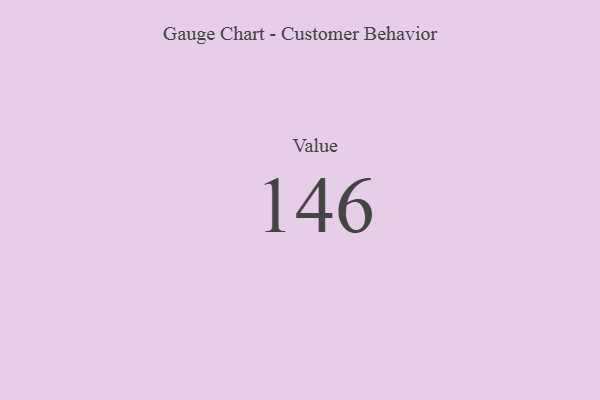
{"axis": {"x": "Metric", "y": "Value"}, "legend": [""], "data": [{"x": "Value", "y": 146, "type": ""}]}